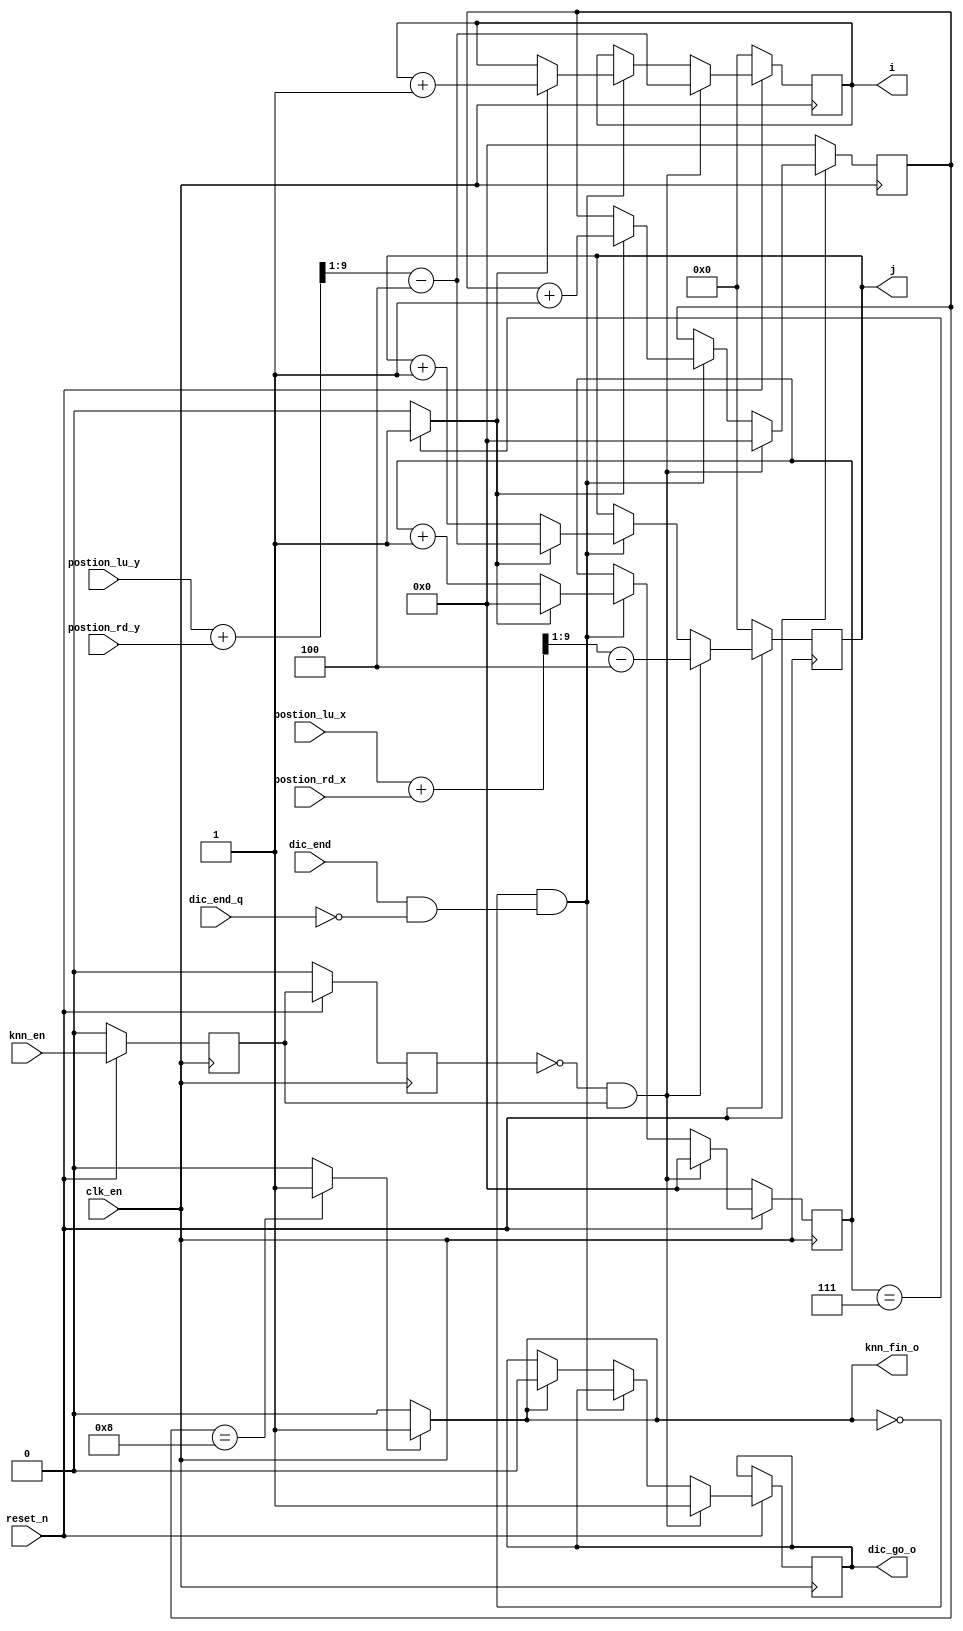
module knn_img #(
           parameter knn = 4
       ) (
           input clk_en,
           input reset_n,

           input dic_end,                  //ѵɱ־λ
           input dic_end_q,                //ѵɱ־λʱһʱ
           input knn_en,                   //knnʹ

           input [9: 0] postion_lu_x,
           input [9: 0] postion_lu_y,
           input [9: 0] postion_rd_x,
           input [9: 0] postion_rd_y,

           output reg [9: 0] i,          //б־
           output reg [9: 0] j,          //б־

           output knn_fin_o,              //knnɱ־
           output dic_go_o               //ѵԼȽϿʼ־
       );

assign knn_fin_o = knn_fin;

//׽knnʹʼ
reg q0;
reg q1;
wire knn_init;
always@(posedge clk_en) begin
    if (!reset_n) begin
        q0 <= 0;
        q1 <= 0;
    end
    else begin
        q0 <= knn_en;
        q1 <= q0;
    end
end
assign knn_init = ~q1 & q0;



//ͼƬ
reg [3: 0] cnt_w; //(У
reg [3: 0] cnt_h; //У
wire [9: 0] wid_center; //е꣨У
wire [9: 0] hei_center; //е꣨У
wire cnt_w_en; //ɱ־
wire cnt_h_en; //ɱ־
wire knn_fin; //knn
reg dic_go; //ѵʼ
assign wid_center = (postion_lu_x + postion_rd_x) >> 1;   //һλʾ2
assign hei_center = (postion_lu_y + postion_rd_y) >> 1;
assign cnt_w_en = (cnt_w == (knn * 2 - 1)) ? 1 : 0;
assign cnt_h_en = (cnt_h == knn * 2) ? 1 : 0;
assign knn_fin = cnt_h_en ? 1 : 0;
assign dic_go_o = dic_go;
always @(posedge clk_en) begin
    if (!reset_n) begin
        i <= 0;
        j <= 0;
        cnt_w <= 0;
        cnt_h <= 0;
    end
    else if (knn_init) begin
        j <= wid_center - knn;          //ʼλΪϽ
        i <= hei_center - knn;
        cnt_w <= 0;
        cnt_h <= 0;
        dic_go <= 1;                  //ѵʼ
    end
    else if (!knn_fin & (dic_end & !dic_end_q)) begin    //ѵ
        if (cnt_w_en) begin         //һб
            cnt_w <= 0;
            i <= i + 1;
            j <= hei_center - knn;
            cnt_h <= cnt_h + 1;
        end
        else begin
            j <= j + 1;
            cnt_w <= cnt_w + 1;
        end
    end
    else if (knn_fin) begin
        dic_go <= 0;
        i <= i;
        j <= j;
    end
    else begin
        i <= i;
        j <= j;
    end
end

endmodule